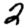
Digit: 2